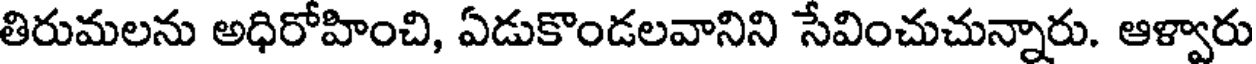
తిరుమలను అధిరోహించి, ఏడుకొండలవానిని సేవించుచున్నారు. ఆళ్వారు